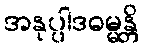
အနုပ္ပါဒဓမ္မန္တိ